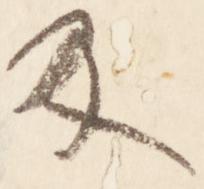
及